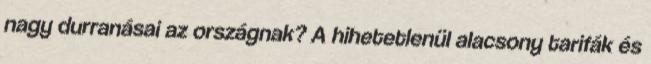
nagy durranásai az országnak? A hihetetlenül alacsony tarifák és